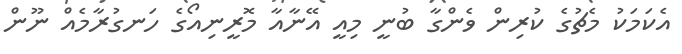
އެކަމަކު މެޗުގެ ކުރިން ވެންގާ ބުނީ މިއީ އޭނާއާ މޮރީނިއޯގެ ހަނގުރާމެއް ނޫން